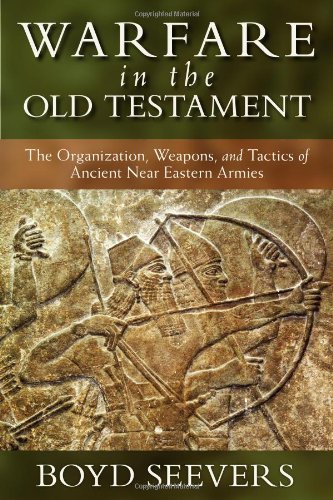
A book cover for Warfare in the Old Testament: The Organization, Weapons, and Tactics of Ancient Near Eastern Armies; Boyd Seevers; Christian Books & Bibles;